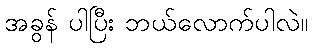
အခွန် ပါပြီး ဘယ်လောက်ပါလဲ။